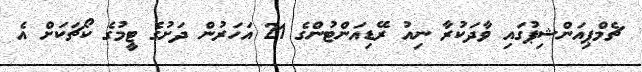
ޗެމްޕިއަންޝިޕުގައި ވާދަކުރާ ނިއު ރޭޑިއަންޓުންގެ 21 އަހަރުން ދަށުގެ ޓީމުގެ ކޯޗަކަށް އެ